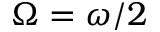
\Omega = \omega / 2